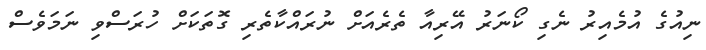
ނިއުގެ އުމެއިރު ނެގި ކޯނަރު އޭރިއާ ތެރެއަށް ނުރައްކާތެރި ގޮތަކަށް ހުރަސްވި ނަމަވެސް